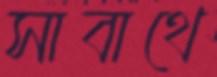
সাবাথে